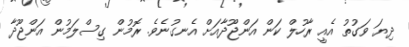
ދިޔަ ވަގުތު އެއީ ރާހުލް ކަން އަންޖޫދާއަށް އެނގުނެވެ. ރޮމުން ގިސްލަމުން އަންޖޫދާ